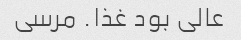
عالی بود غذا. مرسی